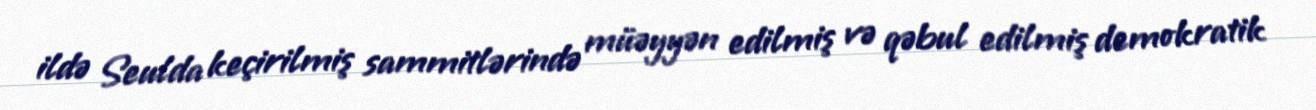
ildə Seulda keçirilmiş sammitlərində müəyyən edilmiş və qəbul edilmiş demokratik